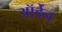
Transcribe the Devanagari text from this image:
ऑर्डेन